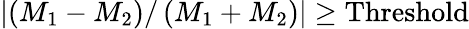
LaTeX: \lvert\left(M_{1}-M_{2}\right)/\left(M_{1}+M_{2}\right)\rvert\ge\mathrm{{Threshold}}